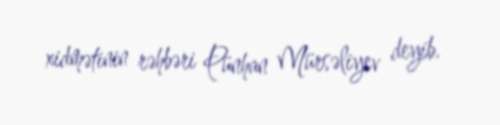
xidmətinin rəhbəri Pünhan Mürsəliyev deyib.